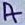
Text: A